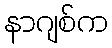
နာဂျစ်က